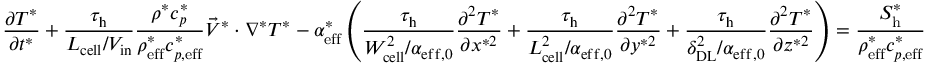
\frac { \partial T ^ { * } } { \partial t ^ { * } } + \boldsymbol { \frac { \tau _ { \mathrm { h } } } { L _ { \mathrm { c e l l } } / V _ { \mathrm { i n } } } } \frac { \rho ^ { * } c _ { p } ^ { * } } { \rho _ { \mathrm { e f f } } ^ { * } c _ { p , \mathrm { e f f } } ^ { * } } \vec { V } ^ { * } \cdot \nabla ^ { * } T ^ { * } - \alpha _ { \mathrm { { e f f } } } ^ { * } \left( \boldsymbol { \frac { \tau _ { \mathrm { h } } } { W _ { \mathrm { c e l l } } ^ { 2 } / \alpha _ { \mathrm { { e f f , 0 } } } } } \frac { \partial ^ { 2 } T ^ { * } } { \partial x ^ { * 2 } } + \boldsymbol { \frac { \tau _ { \mathrm { h } } } { L _ { \mathrm { c e l l } } ^ { 2 } / \alpha _ { \mathrm { e f f , 0 } } } } \frac { \partial ^ { 2 } T ^ { * } } { \partial y ^ { * 2 } } + \boldsymbol { \frac { \tau _ { \mathrm { h } } } { \delta _ { \mathrm { D L } } ^ { 2 } / \alpha _ { \mathrm { { e f f , 0 } } } } } \frac { \partial ^ { 2 } T ^ { * } } { \partial z ^ { * 2 } } \right) = \frac { S _ { \mathrm { h } } ^ { * } } { \rho _ { \mathrm { { e f f } } } ^ { * } c _ { p , \mathrm { e f f } } ^ { * } }